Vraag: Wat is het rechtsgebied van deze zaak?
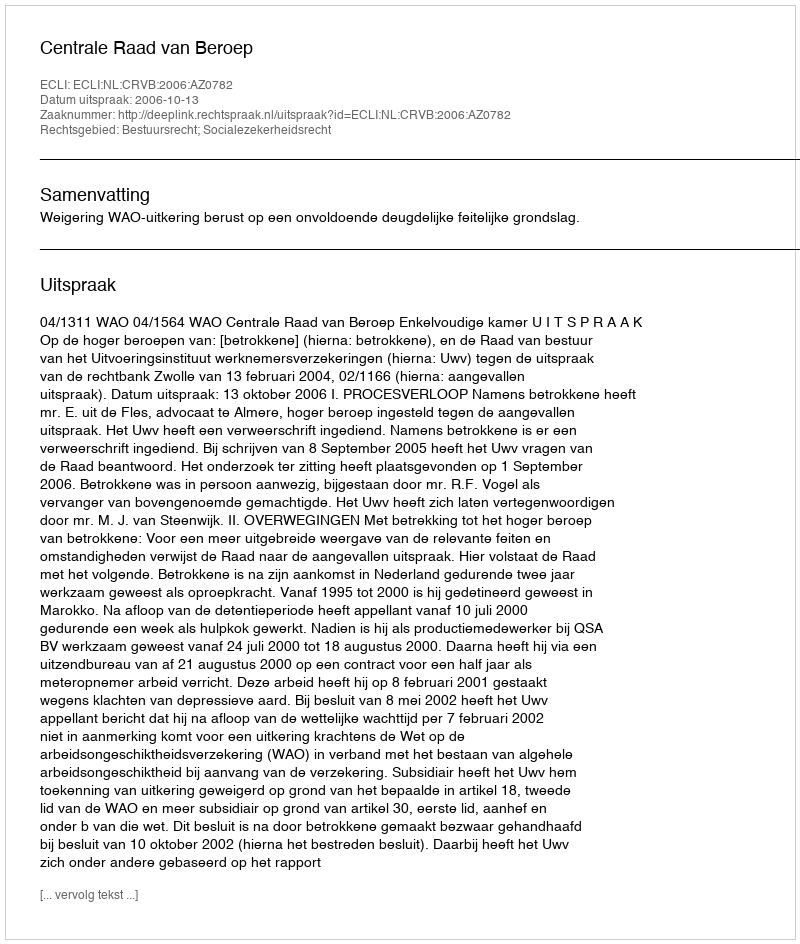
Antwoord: Bestuursrecht; Socialezekerheidsrecht